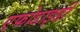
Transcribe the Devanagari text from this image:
एफोडाइडी